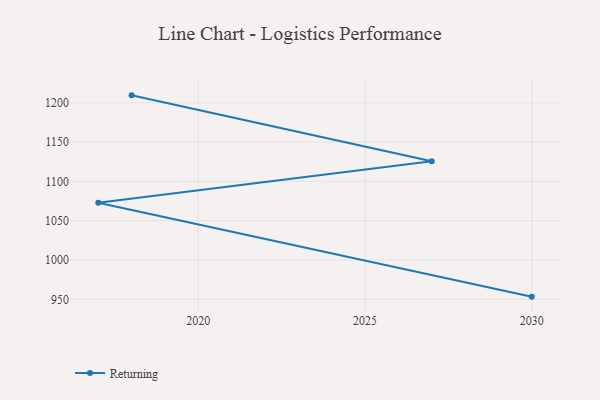
{"axis": {"x": "Year", "y": "Active Users"}, "legend": ["Returning"], "data": [{"x": "2030", "y": 953.4, "type": "Returning"}, {"x": "2017", "y": 1072.9, "type": "Returning"}, {"x": "2027", "y": 1125.6, "type": "Returning"}, {"x": "2018", "y": 1209.4, "type": "Returning"}]}